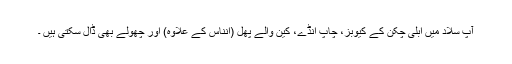
آپ سلاد میں ابلی چکن کے کیوبز، چاپ انڈے، کین والے پھل (انناس کے علاوہ) اور چھولے بھی ڈال سکتی ہیں ۔